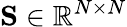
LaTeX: {\mathbf S}\in\mathbb{R}^{N\times N}